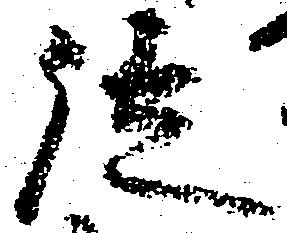
徒